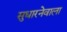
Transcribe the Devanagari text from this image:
सुधारनेवाला